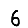
Digit: 6